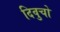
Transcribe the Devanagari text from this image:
दिवुचो